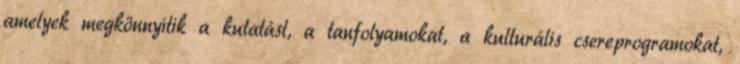
amelyek megkönnyítik a kutatást, a tanfolyamokat, a kulturális csereprogramokat,